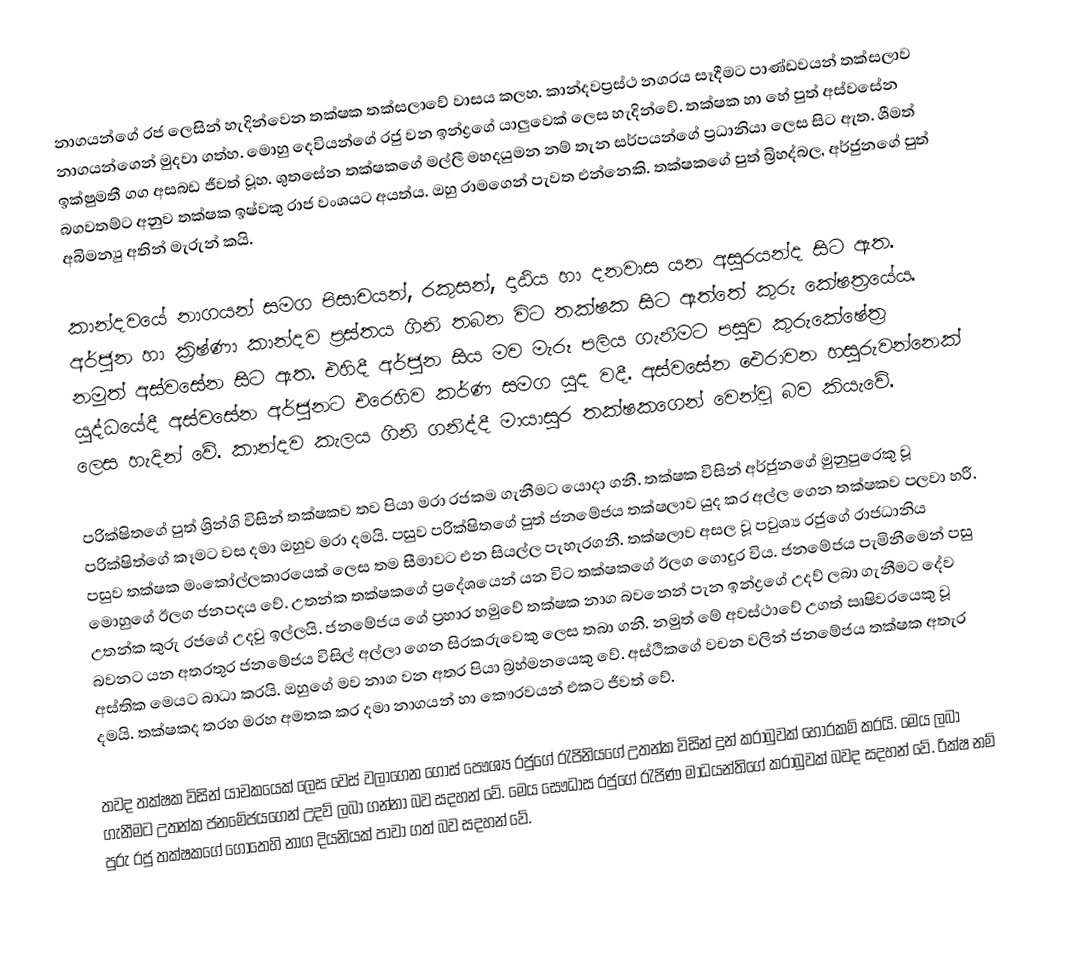
නාගයන්ගේ රජ ලෙසින් හැදින්වෙන තක්ෂක තක්සලාවේ වාසය කලහ. කාන්දවප්‍රස්ථ නගරය සෑදීමට පාණ්ඩවයන් තක්සලාව නාගයන්ගෙන් මුදවා ගත්හ. මොහු දෙවියන්ගේ රජු වන ඉන්ද්‍රගේ යාලුවෙක් ලෙස හැදින්වේ. තක්ෂක හා හේ පුත් අස්වසේන ඉක්ෂුමතී ගග අසබඩ ජීවත් වූහ. ශුතසේන තක්ෂකගේ මල්ලී මහදයුමන නම් තැන සර්පයන්ගේ ප්‍රධානියා ලෙස සිට ඇත. ශීමත් බගවතම්ට අනුව තක්ෂක ඉෂ්වකු රාජ වංශයට අයත්ය. ඔහු රාමගෙන් පැවත එන්නෙකි. තක්ෂකගේ පුත් බ්‍රිහද්බල, අර්ජුනගේ පුත් අබිමන්‍යු අතින් මැරුන් කයි.

කාන්දවයේ නාගයන් සමග පිසාචයන්, රකුසන්, දාඨිය හා දනවාස යන අසුරයන්ද සිට ඇත. අර්ජුන හා ක්‍රිෂ්ණා කාන්දව ප්‍රස්තය ගිනි තබන විට තක්ෂක සිට ඇත්තේ කුරු කේෂත්‍රයේය. නමුත් අස්වසේන සිට ඇත. එහිදී අර්ජුන සිය මව මැරූ පලිය ගැනීමට පසුව කුරුකේෂේත්‍ර යුද්ධයේදී අස්වසේන අර්ජුනට එරෙහිව කර්ණ සමග යුද වදී. අස්වසේන ඓරාවන හසුරුවන්නෙක් ලෙස හැදින් වේ. කාන්දව කැලය ගිනි ගනිද්දී මායාසුර තක්ෂකගෙන් වෙන්වූ බව කියැවේ.

පරික්ෂිතගේ පුත් ශ්‍රින්ගි විසින් තක්ෂකව තව පියා මරා රජකම ගැනීමට යොදා ගනී. තක්ෂක විසින් අර්ජුනගේ මුනුපුරෙකු වූ පරික්ෂිත්ගේ කෑමට වස දමා ඔහුව මරා දමයි. පසුව පරික්ෂිතගේ පුත් ජනමේජය තක්ෂලාව යුද කර අල්ල ගෙන තක්ෂකව පලවා හරී. පසුව තක්ෂක මංකෝල්ලකාරයෙක් ලෙස තම සීමාවට එන සියල්ල පැහැරගනී. තක්ෂලාව අසල වූ පවුශ්‍ය රජුගේ රාජධානිය මොහුගේ ඊලග ජනපදය වේ. උතන්ක තක්ෂකගේ ප්‍රදේශයෙන් යන විට තක්ෂකගේ ඊලග ගොදුර විය. ජනමේජය පැමිනීමෙන් පසු උතන්ක කුරු රජගේ උදවු ඉල්ලයි. ජනමේජය ගේ ප්‍රහාර හමුවේ තක්ෂක නාග බවනෙන් පැන ඉන්ද්‍රගේ උදව් ලබා ගැනීමට දේව බවනට යන අතරතුර ජනමේජය විසිල් අල්ලා ගෙන සිරකරුවෙකු ලෙස තබා ගනී. නමුත් මේ අවස්ථාවේ උගත් ඍෂිවරයෙකු වූ අස්තික මෙයට බාධා කරයි. ඔහුගේ මව නාග වන අතර පියා බ්‍රහ්මනයෙකු වේ. අස්ථිකගේ වචන වලින් ජනමේජය තක්ෂක අතැර දමයි. තක්ෂකද තරහ මරහ අමතක කර දමා නාගයන් හා කෞරවයන් එකට ජීවත් වේ.

තවද තක්ෂක විසින් යාචකයෙක් ලෙස වෙස් වලාගෙන ගොස් පෞශ්‍ය රජුගේ රැජිනියගේ උතන්ක විසින් දුන් කරාබුවක් හොරකම් කරයි. මෙය ලබා ගැනීමට උතන්ක ජනමේජයගෙන් උදව් ලබා ගන්නා බව සදහන් වේ. මෙය සෞධාස රජුගේ රැජිණ මාධයන්තිගේ කරාබුවක් බවද සදහන් වේ. රික්ෂ නම් පුරු රජු තක්ෂකගේ ගොතෙහි නාග දියනියක් පාවා ගත් බව සදහන් වේ.